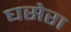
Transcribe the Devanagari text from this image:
घसेरा